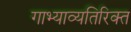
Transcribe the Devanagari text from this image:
गाभ्याव्यतिरिक्त